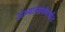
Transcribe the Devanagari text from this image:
अभ्यासासंदर्भात